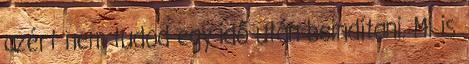
azért nem tudod egy idő után beindítani. Mi is